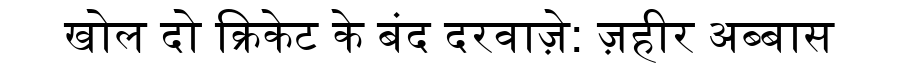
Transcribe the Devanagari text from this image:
खोल दो क्रिकेट के बंद दरवाज़े: ज़हीर अब्बास